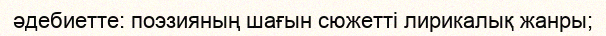
әдебиетте: поэзияның шағын сюжетті лирикалық жанры;